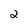
Character: 2